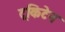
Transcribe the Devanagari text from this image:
ट्रकिटेन